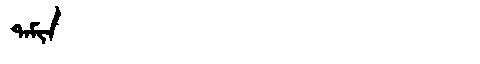
Manchu: ᡨᠠᠮᡳᠨ
Romanization: TAMIN